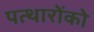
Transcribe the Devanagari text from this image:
पत्थारोंको